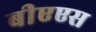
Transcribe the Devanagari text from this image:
बीएएस